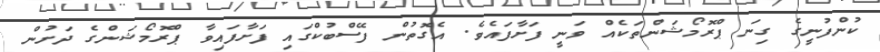
ކުންފުނީގެ ގިނަ ޕްރޮމޯޝަންތަކެއް ވަނީ ފަށާފައެވެ. އެގޮތުން ފޭސްބުކްގައި ފަށާފައިވާ ޕްރޮމޯޝަންގެ ދަށުން